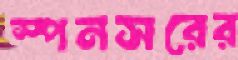
স্পনসরের